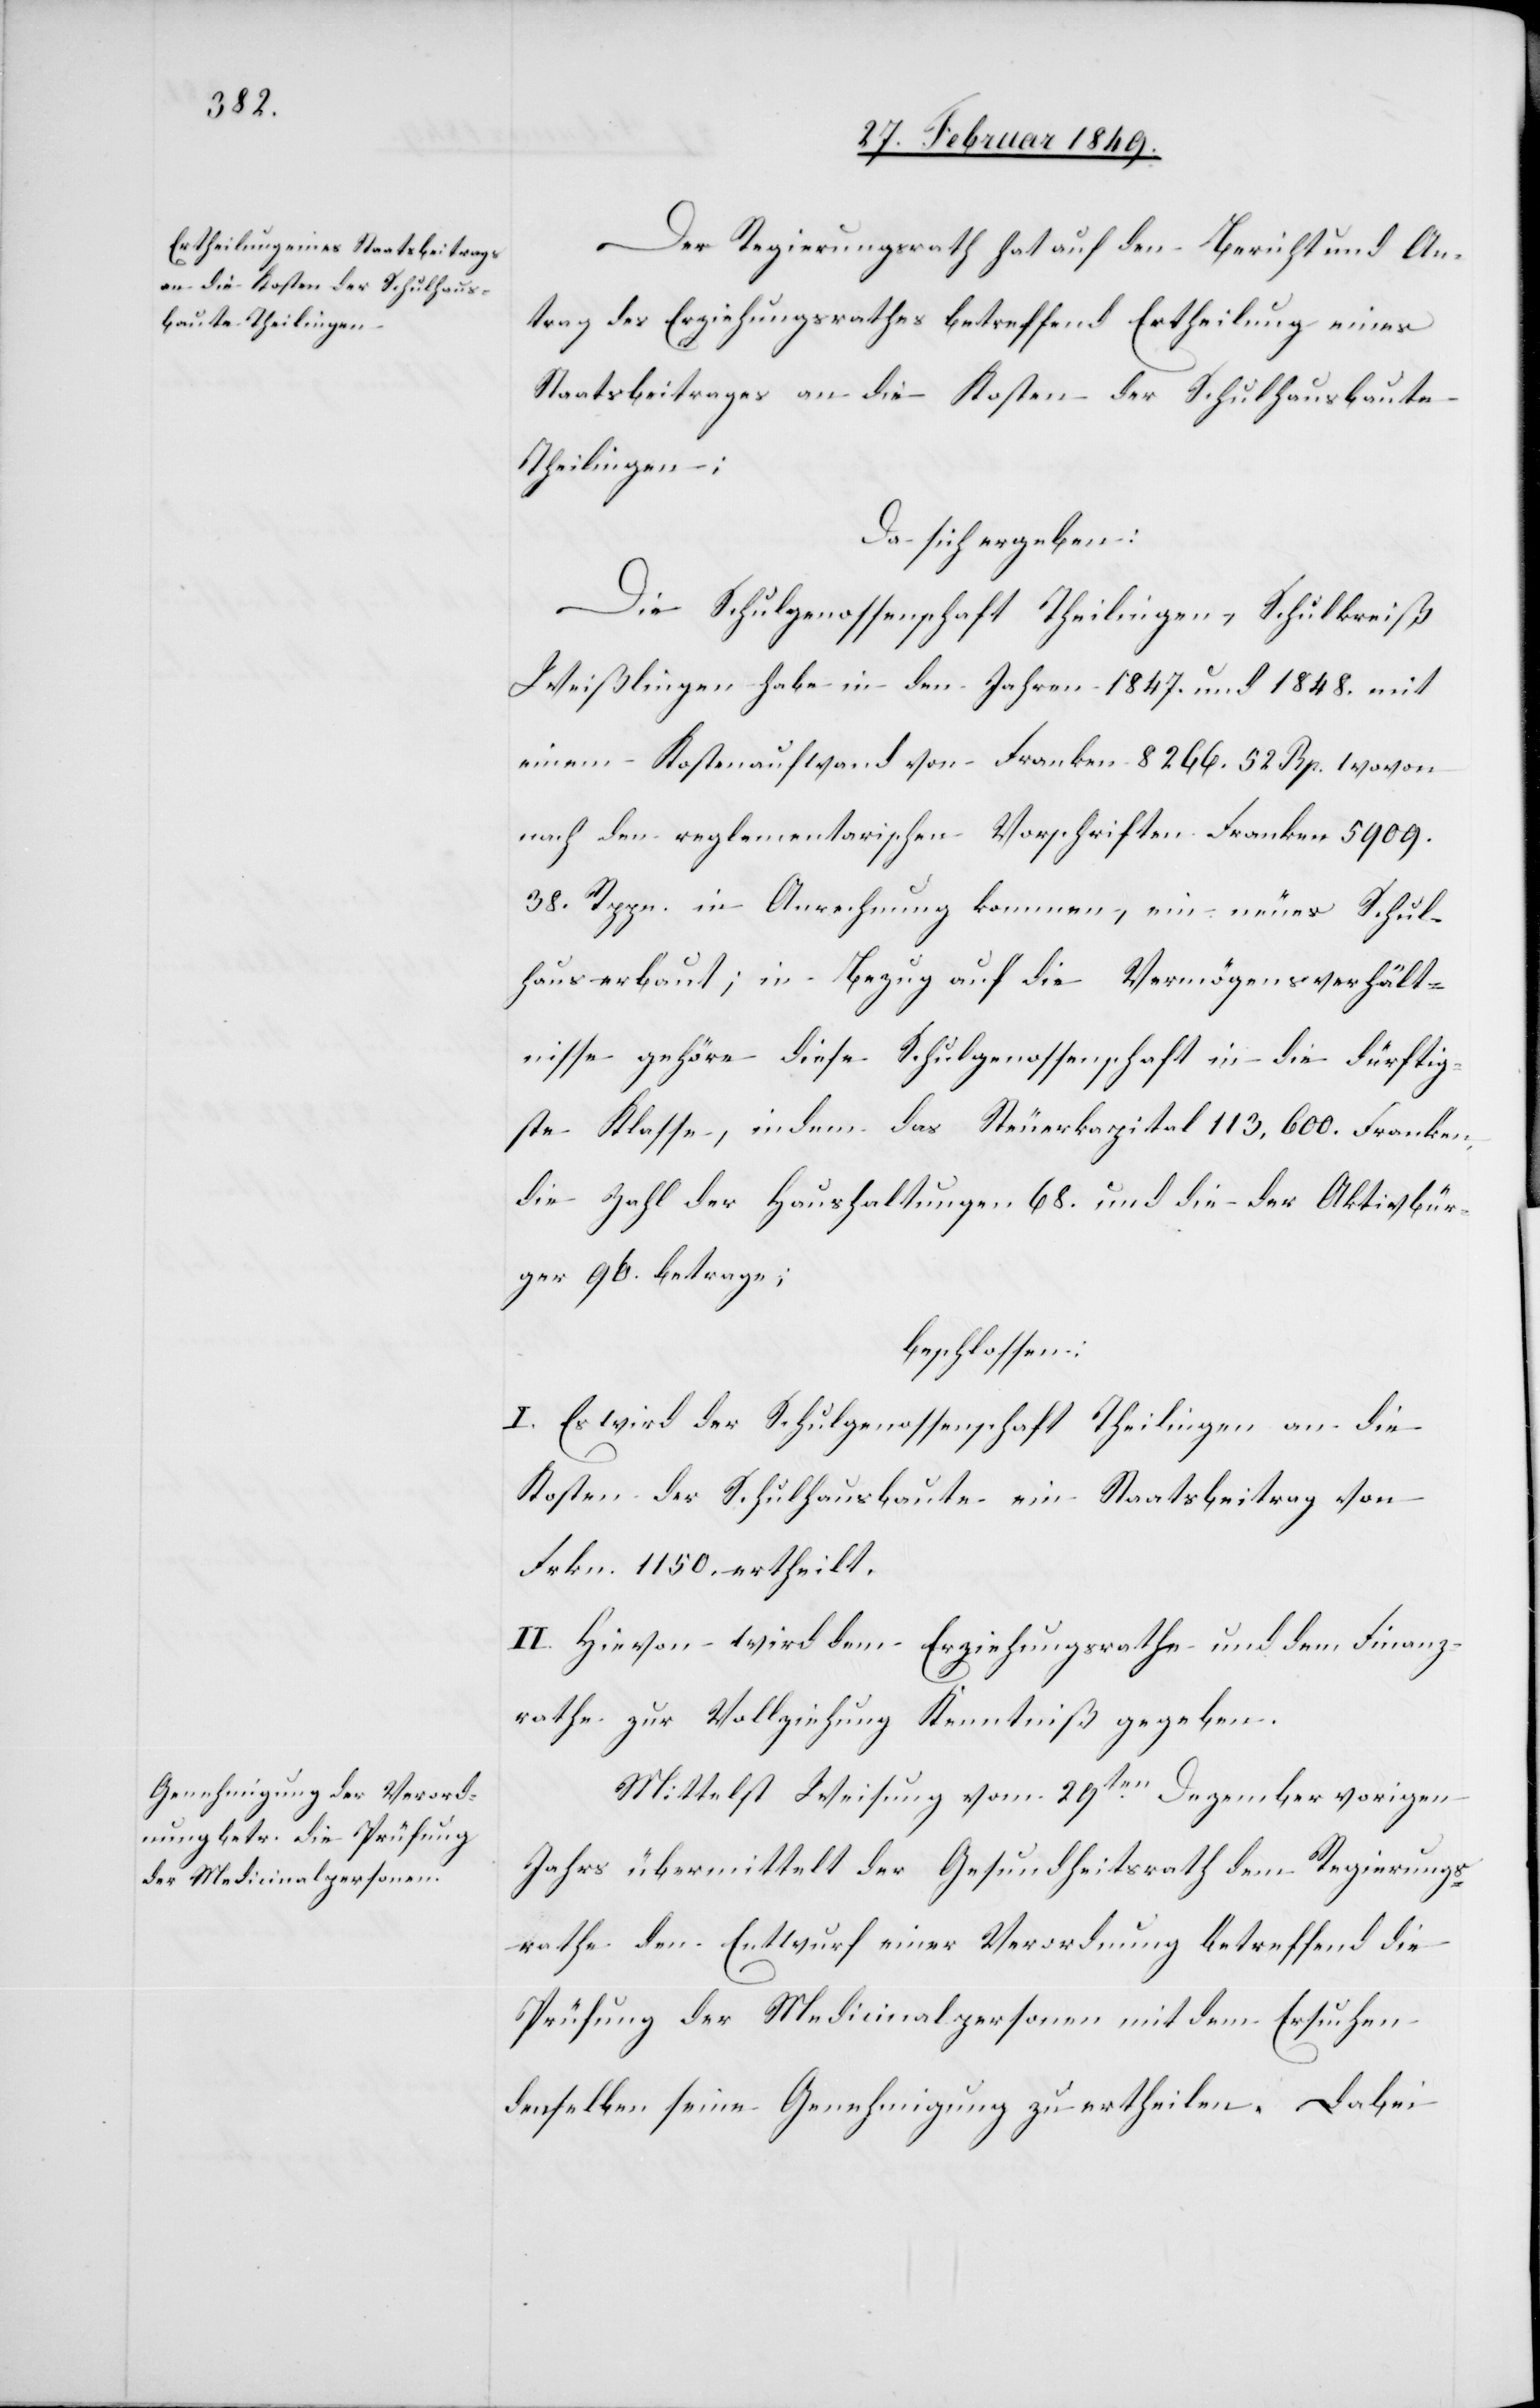
Der Regierungsrath hat auf den Bericht und An¬
trag des Erziehungsrathes betreffend Ertheilung eines
Staatsbeitrages an die Kosten der Schulhausbaute
Theilingen;
Da sich ergeben:
Die Schulgenossenschaft Theilingen, Schulkreiß
Weißlingen habe in den Jahren 1847. und 1848. mit
einem Kostenaufwand von Franken 8266. 52. Rp. wovon
nach den reglementarischen Vorschriften Franken 5909.
38. Rppn. in Anrechnung kommen, ein neues Schul¬
haus erbaut; in Bezug auf die Vermögensverhält¬
nisse gehöre diese Schulgenossenschaft in die dürftig¬
ste Klasse indem das Steuerkapital 113,600. Franken,
die Zahl der Haushaltungen 68. und die der Aktivbür¬
ger 96. betrage;
beschlossen:
I. Es wird der Schulgenossenschaft Theilingen an die
Kosten der Schulhausbaute ein Staatsbeitrag von
Frkn. 1150. ertheilt.
II. Hievon wird dem Erziehungsrathe und dem Finanz¬
rathe zur Vollziehung Kenntniß gegeben.
Mittelst Weisung vom 29ten. Dezember vorigen
Jahrs übermittelt der Gesundheitsrath dem Regierungs¬
rathe den Entwurf einer Verordnung betreffend die
Prüfung der Medicinalpersonen mit dem Ersuchen
denselben [sic!] seine Genehmigung zu ertheilen. Dabei